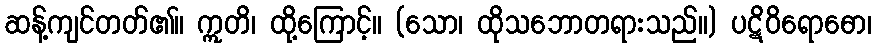
ဆန့်ကျင်တတ်၏။ ဣတိ၊ ထို့ကြောင့်။ (သော၊ ထိုသဘောတရားသည်။) ပဋိဝိရောဓော၊